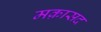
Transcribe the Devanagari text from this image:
मक़ासद